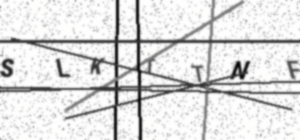
Text: SLKTTNF